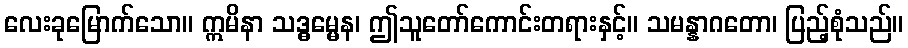
လေးခုမြောက်သော။ ဣမိနာ သဒ္ဓမ္မေန၊ ဤသူတော်ကောင်းတရားနှင့်။ သမန္နာဂတော၊ ပြည့်စုံသည်။